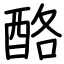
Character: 酪